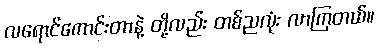
လရောင်ကောင်းတာနဲ့ တို့လည်း တစ်ညလုံး လာကြတယ်။